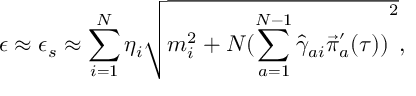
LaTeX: \epsilon \approx \epsilon _ { s } \approx \sum _ { i = 1 } ^ { N } \eta _ { i } \sqrt { m _ { i } ^ { 2 } + N { ( \sum _ { a = 1 } ^ { N - 1 } { \hat { \gamma } } _ { a i } { \vec { \pi } } _ { a } ^ { ' } ( \tau ) ) } ^ { 2 } } ,